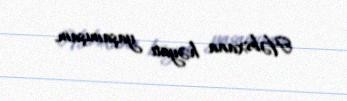
Həbsxana həyatı yaşamışam.